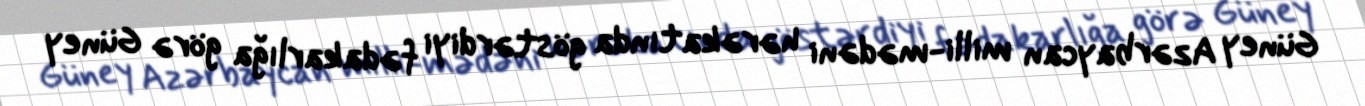
Güney Azərbaycan milli-mədəni hərəkatında göstərdiyi fədakarlığa görə Güney